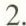
2.